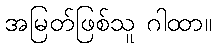
အမြတ်ဖြစ်သူ ဂါထာ။